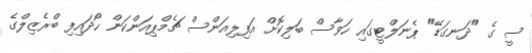
ސީ ގެ "ދަނގަޑޭ" ޕެނަލްޓީގައި ހަވާސް ބަލިކޮށް އަފިލިއަންސް ޗެމްޕިއަންކަން ހޯދައިފި ބްރެޒިލްގެ